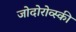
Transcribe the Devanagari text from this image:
जोदोरोव्स्की